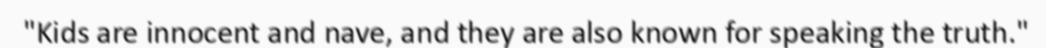
"Kids are innocent and nave, and they are also known for speaking the truth."